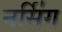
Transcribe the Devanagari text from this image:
नर्सि॑ग